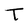
Character: T